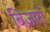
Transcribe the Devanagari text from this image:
बिज़ारो